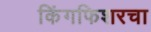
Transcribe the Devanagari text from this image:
किंगफिशरचा